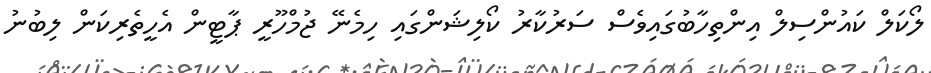
ލޯކަލް ކައުންސިލް އިންތިހާބުގައިވެސް ސަރުކާރު ކޯލިޝަންގައި ހިމެނޭ ޖުމްހޫރީ ޕާޓީން އެހީތެރިކަން ލިބުނު